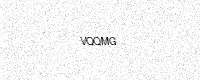
Text: VQQMG